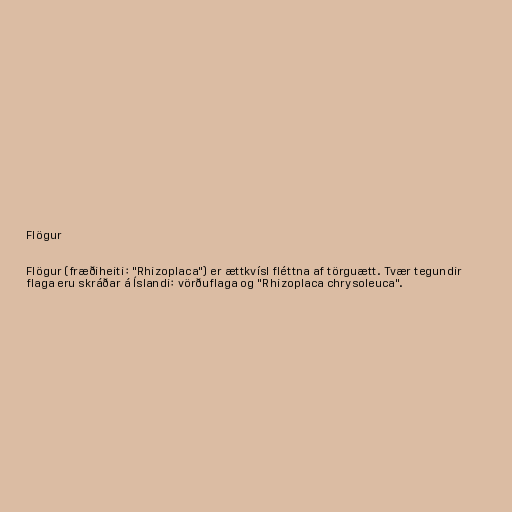
Flögur

Flögur (fræðiheiti: "Rhizoplaca") er ættkvísl fléttna af törguætt. Tvær tegundir
flaga eru skráðar á Íslandi: vörðuflaga og "Rhizoplaca chrysoleuca".